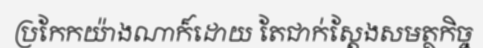
ប្រកែកយ៉ាងណាក៏ដោយ តែជាក់ស្តែងសមត្ថកិច្ច